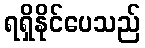
ရရှိနိုင်ပေသည်